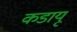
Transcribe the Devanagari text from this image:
कडायू